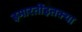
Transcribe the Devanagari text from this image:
इमारतींइतक्या